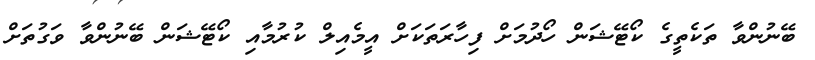
ބޭނުންވާ ތަކެތީގެ ކޯޓޭޝަން ހޯދުމަށް ފިހާރަތަކަށް އީމެއިލް ކުރުމާއި ކޯޓޭޝަން ބޭނުންވާ ވަގުތަށް